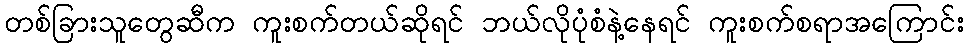
တစ်ခြားသူတွေဆီက ကူးစက်တယ်ဆိုရင် ဘယ်လိုပုံစံနဲ့နေရင် ကူးစက်စရာအကြောင်း